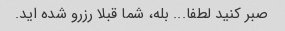
صبر کنید لطفا... بله، شما قبلا رزرو شده اید.